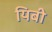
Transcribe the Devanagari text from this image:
यिबी